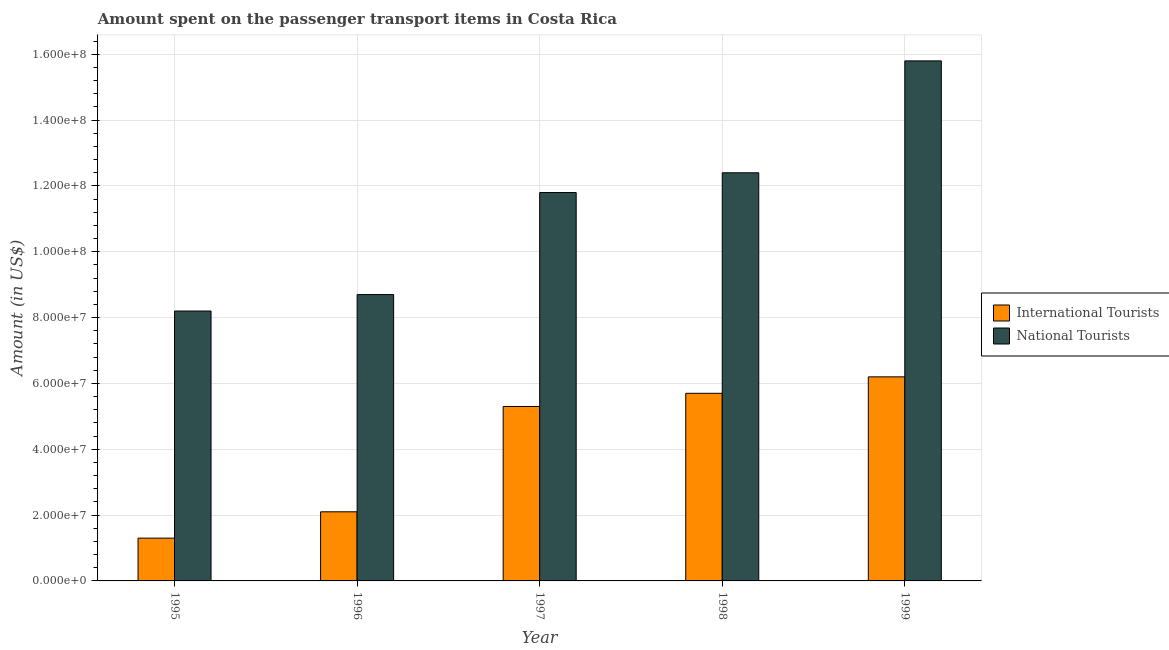
| Year | International Tourists | National Tourists |
 | --- | --- | --- |
 | 1995 | 1.3e+07 | 8.2e+07 |
 | 1996 | 2.1e+07 | 8.7e+07 |
 | 1997 | 5.3e+07 | 1.18e+08 |
 | 1998 | 5.7e+07 | 1.24e+08 |
 | 1999 | 6.2e+07 | 1.58e+08 |